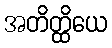
အတိတ္ထိယေ